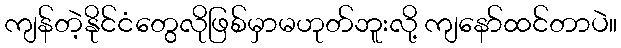
ကျန်တဲ့နိုင်ငံတွေလိုဖြစ်မှာမဟုတ်ဘူးလို့ ကျနော်ထင်တာပဲ။